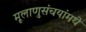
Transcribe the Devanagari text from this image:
मूलाणुसंचयांमधे